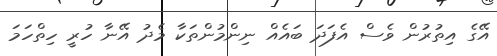
އޭގެ އިތުރުން ވެސް އެފަދަ ބައެއް ނިންމުންތަކާ މެދު އޭނާ ހުރީ ހިތްހަމަ